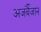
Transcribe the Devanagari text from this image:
अजर्बैजान